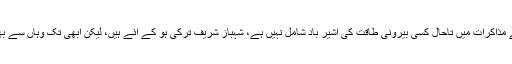
لندن میں اب تک ہونے والے مذاکرات میں تاحال کسی بیرونی طاقت کی آشیر باد شامل نہیں ہے، شہباز شریف ترکی ہو کے آئے ہیں، لیکن ابھی تک وہاں سے بھی کوئی اشارہ نہی مل سکا۔